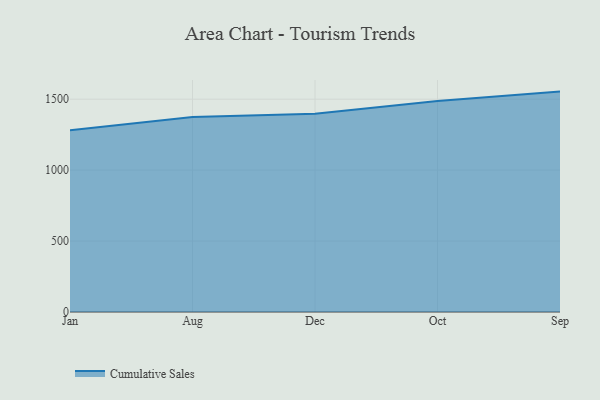
{"axis": {"x": "Month", "y": "Tickets Resolved"}, "legend": ["Cumulative Sales"], "data": [{"x": "Jan", "y": 1280.6, "type": "Cumulative Sales"}, {"x": "Aug", "y": 1373.6, "type": "Cumulative Sales"}, {"x": "Dec", "y": 1397.5, "type": "Cumulative Sales"}, {"x": "Oct", "y": 1487.4, "type": "Cumulative Sales"}, {"x": "Sep", "y": 1553.4, "type": "Cumulative Sales"}]}